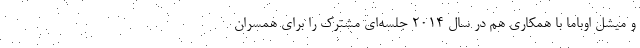
و میشل اوباما با همکاری هم در سال 2014 جلسه‌ای مشترک را برای همسران